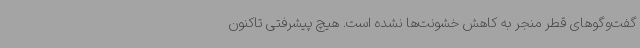
گفت‌وگوهای قطر منجر به کاهش خشونت‌ها نشده است. هیچ پیشرفتی تاکنون